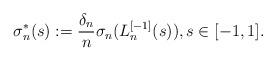
LaTeX: \begin{align*}\sigma_n^*(s) := \frac{\delta_n}{n}\sigma_n(L_n^{[-1]}(s)),s\in [-1,1].\end{align*}